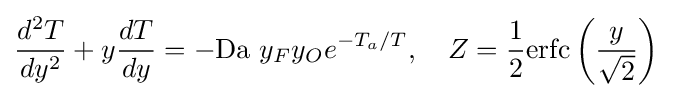
{\frac {d^{2}T}{dy^{2}}}+y{\frac {dT}{dy}}=-\mathrm {Da} \ y_{F}y_{O}e^{-T_{a}/T},\quad Z={\frac {1}{2}}\mathrm {erfc} \left({\frac {y}{\sqrt {2}}}\right)